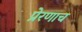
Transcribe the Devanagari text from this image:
प्रेरणाच